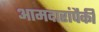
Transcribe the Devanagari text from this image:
आमदारांपैकी